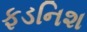
ફડનિશ